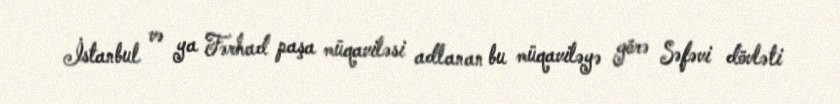
İstanbul və ya Fərhad paşa müqaviləsi adlanan bu müqaviləyə görə Səfəvi dövləti